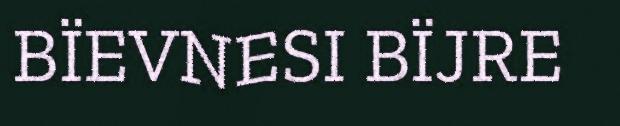
BÏEVNESI BÏJRE